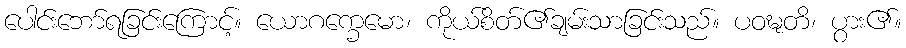
ပေါင်းဘော်ရခြင်းကြောင့်။ ယောဂက္ခေမော၊ ကိုယ်စိတ်၏ချမ်းသာခြင်းသည်။ ပဝဍ္ဎတိ၊ ပွား၏။